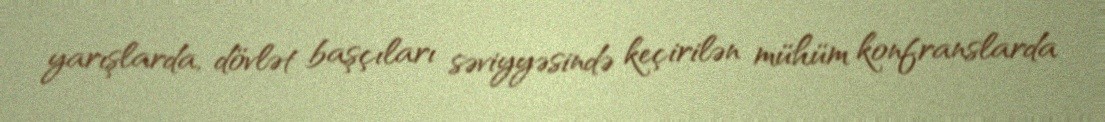
yarışlarda, dövlət başçıları səviyyəsində keçirilən mühüm konfranslarda